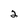
Character: 2